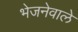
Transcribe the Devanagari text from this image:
भेजनेवाले